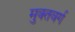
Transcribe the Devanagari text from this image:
मुक्तवर्ग